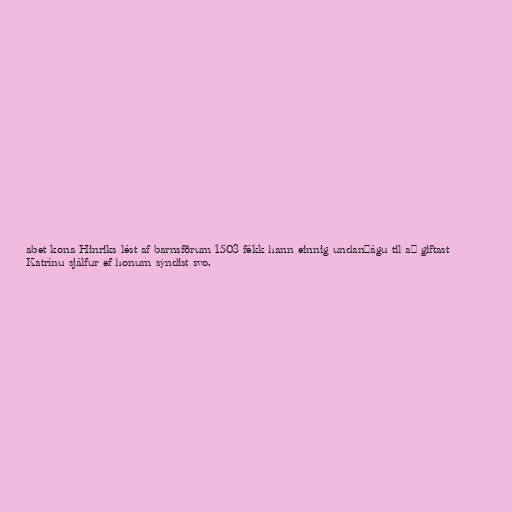
abet kona Hinriks lést af barnsförum 1503 fékk hann einnig undanþágu til að giftast
Katrínu sjálfur ef honum sýndist svo.